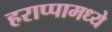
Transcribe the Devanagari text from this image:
हराप्पामध्ये